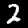
Label: 2